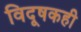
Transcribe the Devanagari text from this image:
विदूषकही